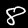
Label: 8